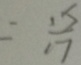
= \frac { 1 5 } { 1 7 }